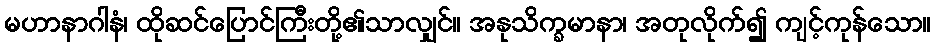
မဟာနာဂါနံ၊ ထိုဆင်ပြောင်ကြီးတို့၏သာလျှင်။ အနုသိက္ခမာနာ၊ အတုလိုက်၍ ကျင့်ကုန်သော။